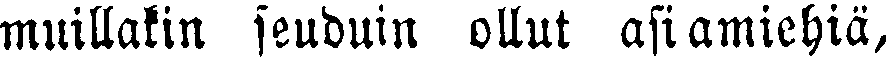
muillakin seuduin ollut asiamiehiä,